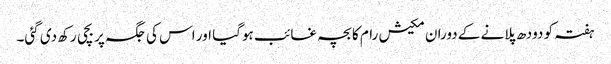
ہفتہ کو دودھ پلانے کے دوران مکیش رام کا بچہ غائب ہوگیا اور اس کی جگہ پر بچی رکھ دی گئی۔